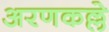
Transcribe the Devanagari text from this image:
अरणकल्ले